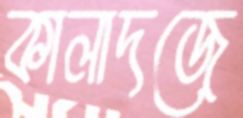
কালাদজে